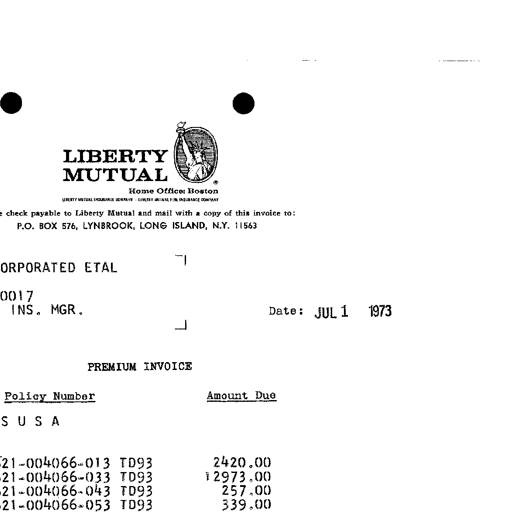
LIBERTY
MUTUAL
Home Office: Boston
LIBERTY MUTUAL INSURANCE COMPANY LIBERTY MUTUAL FIRE INSURANCE COMPANY
check payable to Liberty Mutual and mail with a copy of this invoice to:
P.O. BOX 576, LYNBROOK, LONG ISLAND, N.Y. 11563
ORPORATED ETAL
0017
INS. MGR.
Date: JUL 1 1973
PREMIUM INVOICE
Policy Number Amount Due
S U S A
21-004066-013 TD93 2420.00
21-004066-033 TD93 12973.00
21-004066-043 TD93 257.00
21-004066-053 TD93 339.00